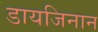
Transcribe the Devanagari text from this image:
डायजिनान